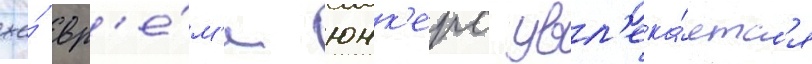
же́ вр'е́м'я юнк'ерс увл'ека́етс'я